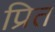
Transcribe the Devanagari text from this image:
प्रित